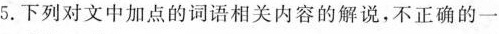
5.下列对文中加点的词语相关内容的解说，